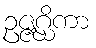
ဥဇ္ဇဂ္ဃိကာ